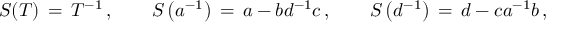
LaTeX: S ( T ) \, = \, T ^ { - 1 } \, , \qquad S \left( a ^ { - 1 } \right) \, = \, a - b d ^ { - 1 } c \, , \qquad S \left( d ^ { - 1 } \right) \, = \, d - c a ^ { - 1 } b \, ,